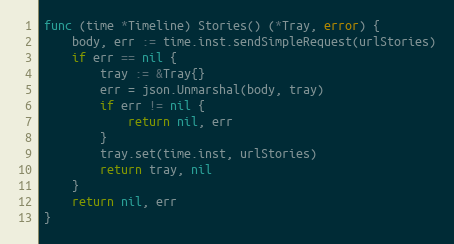
Language: Go
func (time *Timeline) Stories() (*Tray, error) {
	body, err := time.inst.sendSimpleRequest(urlStories)
	if err == nil {
		tray := &Tray{}
		err = json.Unmarshal(body, tray)
		if err != nil {
			return nil, err
		}
		tray.set(time.inst, urlStories)
		return tray, nil
	}
	return nil, err
}